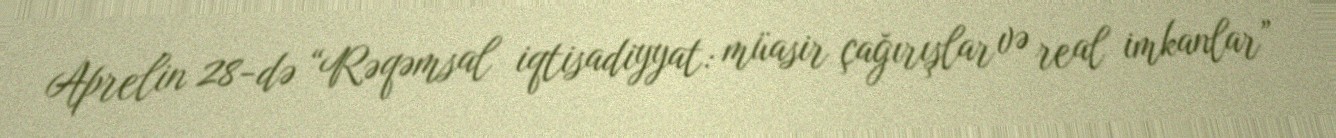
Aprelin 28-də “Rəqəmsal iqtisadiyyat: müasir çağırışlar və real imkanlar”